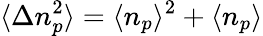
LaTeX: \langle\Delta n_{p}^{2}\rangle=\langle n_{p}\rangle^{2}+\langle n_{p}\rangle